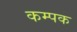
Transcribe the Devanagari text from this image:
कम्पक